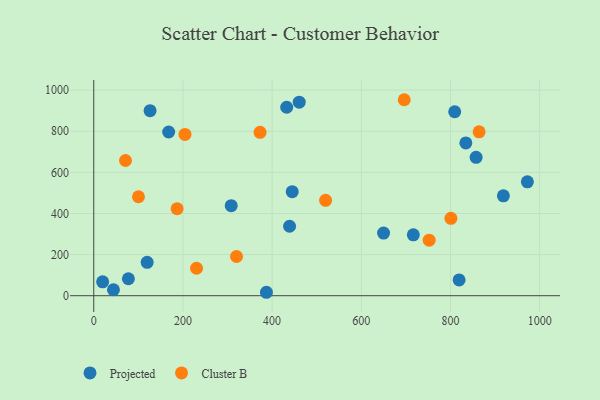
{"axis": {"x": "Investment", "y": "Salary"}, "legend": ["Cluster B", "Projected"], "data": [{"x": "119.8", "y": 162.3, "type": "Projected"}, {"x": "972.5", "y": 553.9, "type": "Projected"}, {"x": "716.7", "y": 296.2, "type": "Projected"}, {"x": "44.2", "y": 29.1, "type": "Projected"}, {"x": "439.2", "y": 337.9, "type": "Projected"}, {"x": "834.5", "y": 743.4, "type": "Projected"}, {"x": "650.0", "y": 304.9, "type": "Projected"}, {"x": "387.3", "y": 16.7, "type": "Projected"}, {"x": "918.7", "y": 485.7, "type": "Projected"}, {"x": "445.1", "y": 506.1, "type": "Projected"}, {"x": "809.5", "y": 894.8, "type": "Projected"}, {"x": "126.3", "y": 900.2, "type": "Projected"}, {"x": "19.9", "y": 67.5, "type": "Projected"}, {"x": "819.4", "y": 77.0, "type": "Projected"}, {"x": "77.7", "y": 82.5, "type": "Projected"}, {"x": "857.5", "y": 673.1, "type": "Projected"}, {"x": "460.8", "y": 941.4, "type": "Projected"}, {"x": "308.3", "y": 438.1, "type": "Projected"}, {"x": "432.7", "y": 916.6, "type": "Projected"}, {"x": "168.0", "y": 796.2, "type": "Projected"}, {"x": "520.0", "y": 464.0, "type": "Cluster B"}, {"x": "186.9", "y": 423.5, "type": "Cluster B"}, {"x": "373.0", "y": 794.8, "type": "Cluster B"}, {"x": "230.5", "y": 133.6, "type": "Cluster B"}, {"x": "801.0", "y": 376.4, "type": "Cluster B"}, {"x": "204.6", "y": 784.7, "type": "Cluster B"}, {"x": "696.3", "y": 953.3, "type": "Cluster B"}, {"x": "71.2", "y": 657.7, "type": "Cluster B"}, {"x": "320.2", "y": 190.8, "type": "Cluster B"}, {"x": "100.3", "y": 481.3, "type": "Cluster B"}, {"x": "752.2", "y": 270.3, "type": "Cluster B"}, {"x": "864.2", "y": 797.2, "type": "Cluster B"}]}